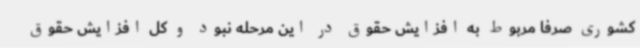
کشوری صرفا مربوط به افزایش حقوق در این مرحله نبود و کل افزایش حقوق